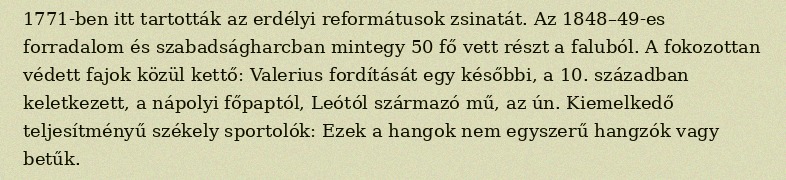
1771-ben itt tartották az erdélyi reformátusok zsinatát. Az 1848–49-es forradalom és szabadságharcban mintegy 50 fő vett részt a faluból. A fokozottan védett fajok közül kettő: Valerius fordítását egy későbbi, a 10. században keletkezett, a nápolyi főpaptól, Leótól származó mű, az ún. Kiemelkedő teljesítményű székely sportolók: Ezek a hangok nem egyszerű hangzók vagy betűk.